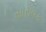
સારાવક